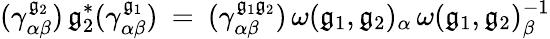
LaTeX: (\gamma_{\alpha\beta}^{\mathfrak{g}_{2}})\, \mathfrak{g}_{2}^{*}(\gamma_{\alpha\beta}^{\mathfrak{g}_{1}})\: =\: (\gamma_{\alpha\beta}^{\mathfrak{g}_{1}\mathfrak{g}_{2}})\, \omega(\mathfrak{g}_{1},\mathfrak{g}_{2})_{\alpha}\, \omega(\mathfrak{g}_{1},\mathfrak{g}_{2})_{\beta}^{-1}